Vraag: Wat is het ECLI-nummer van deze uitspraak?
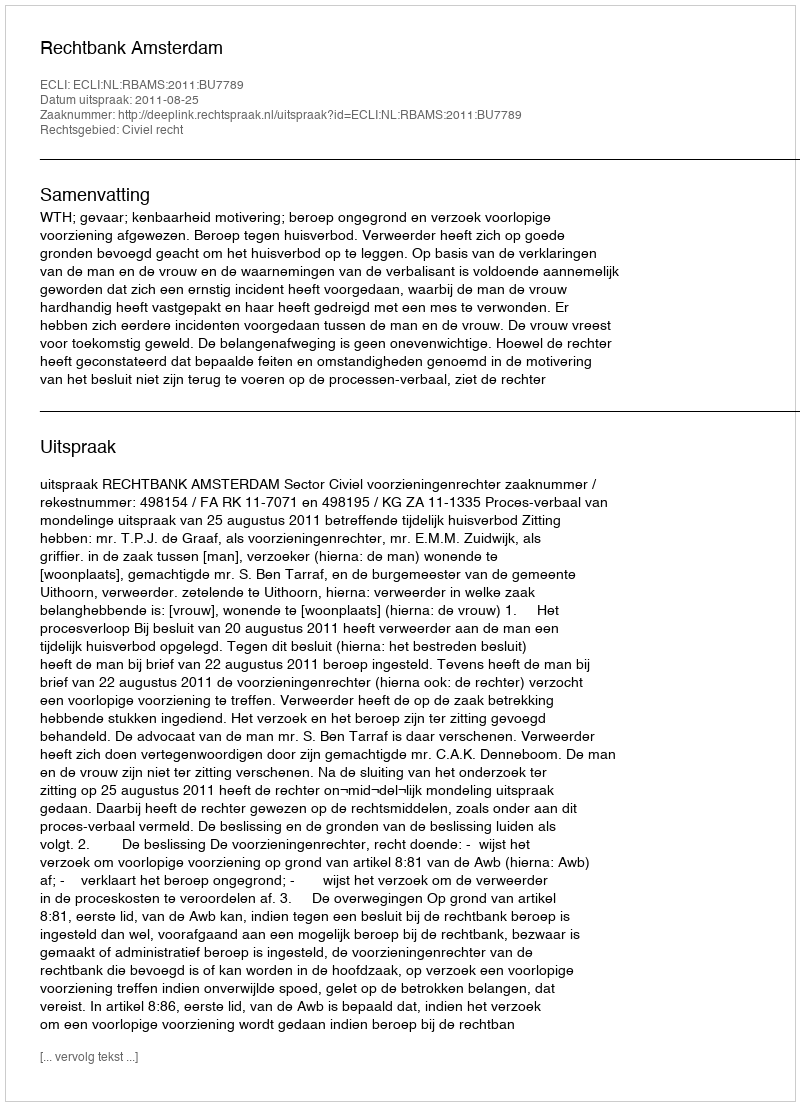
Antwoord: ECLI:NL:RBAMS:2011:BU7789